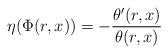
LaTeX: \begin{align*}\eta(\Phi(r,x))=-\dfrac{\theta'(r,x)}{\theta (r,x)}\end{align*}